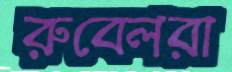
রুবেলরা